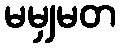
မမျှမတ